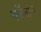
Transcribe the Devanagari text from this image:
काॅलोन